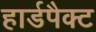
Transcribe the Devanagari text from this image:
हार्डपैक्ट